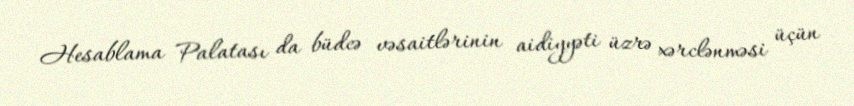
Hesablama Palatası da büdcə vəsaitlərinin aidiyyəti üzrə xərclənməsi üçün